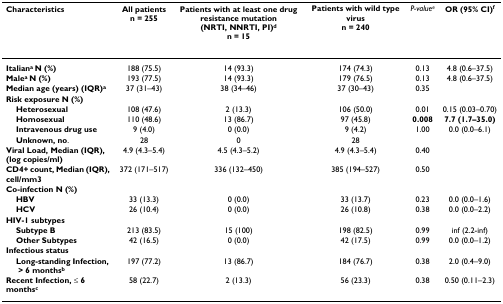
<table><thead><tr><td><b>Characteristics</b></td><td><b>All patients n = 255</b></td><td><b>Patients with at least one drug resistance mutation (NRTI, NNRTI, PI)<sup>d</sup>n = 15</b></td><td><b>Patients with wild type virusn = 240</b></td><td><b><i>P-value</i><sup><i>e</i></sup></b></td><td><b>OR (95% CI)<sup>f</sup></b></td></tr></thead><tbody><tr><td><b>Italian<sup>a </sup>N (%)</b></td><td>188 (75.5)</td><td>14 (93.3)</td><td>174 (74.3)</td><td>0.13</td><td>4.8 (0.6–37.5)</td></tr><tr><td><b>Male<sup>a </sup>N (%)</b></td><td>193 (77.5)</td><td>14 (93.3)</td><td>179 (76.5)</td><td>0.13</td><td>4.8 (0.6–37.5)</td></tr><tr><td><b>Median age (years) (IQR)<sup>a</sup></b></td><td>37 (31–43)</td><td>38 (34–46)</td><td>37 (30–43)</td><td>0.35</td><td></td></tr><tr><td><b>Risk exposure N (%)</b></td><td></td><td></td><td></td><td></td><td></td></tr><tr><td> <b>Heterosexual</b></td><td>108 (47.6)</td><td>2 (13.3)</td><td>106 (50.0)</td><td>0.01</td><td>0.15 (0.03–0.70)</td></tr><tr><td> <b>Homosexual</b></td><td>110 (48.6)</td><td>13 (86.7)</td><td>97 (45.8)</td><td><b>0.008</b></td><td><b>7.7 (1.7–35.0)</b></td></tr><tr><td> <b>Intravenous drug use</b></td><td>9 (4.0)</td><td>0 (0.0)</td><td>9 (4.2)</td><td>1.00</td><td>0.0 (0.0–6.1)</td></tr><tr><td> <b>Unknown, no</b>.</td><td>28</td><td>0</td><td>28</td><td></td><td></td></tr><tr><td><b>Viral Load, Median (IQR), </b><b>(log copies/ml)</b></td><td>4.9 (4.3–5.4)</td><td>4.5 (4.3–5.2)</td><td>4.9 (4.3–5.4)</td><td>0.40</td><td></td></tr><tr><td><b>CD4+ count, Median (IQR), cell/mm3</b></td><td>372 (171–517)</td><td>336 (132–450)</td><td>385 (194–527)</td><td>0.50</td><td></td></tr><tr><td><b>Co-infection N (%)</b></td><td></td><td></td><td></td><td></td><td></td></tr><tr><td> <b>HBV</b></td><td>33 (13.3)</td><td>0 (0.0)</td><td>33 (13.7)</td><td>0.23</td><td>0.0 (0.0–1.6)</td></tr><tr><td> <b>HCV</b></td><td>26 (10.4)</td><td>0 (0.0)</td><td>26 (10.8)</td><td>0.38</td><td>0.0 (0.0–2.2)</td></tr><tr><td><b>HIV-1 subtypes</b></td><td></td><td></td><td></td><td></td><td></td></tr><tr><td> <b>Subtype B</b></td><td>213 (83.5)</td><td>15 (100)</td><td>198 (82.5)</td><td>0.99</td><td>inf (2.2-inf)</td></tr><tr><td> <b>Other Subtypes</b></td><td>42 (16.5)</td><td>0 (0.0)</td><td>42 (17.5)</td><td>0.99</td><td>0.0 (0.0–1.2)</td></tr><tr><td><b>Infectious status</b></td><td></td><td></td><td></td><td></td><td></td></tr><tr><td> <b>Long-standing Infection,</b><b> &gt; 6 months<sup>b</sup></b></td><td>197 (77.2)</td><td>13 (86.7)</td><td>184 (76.7)</td><td>0.38</td><td>2.0 (0.4–9.0)</td></tr><tr><td> <b>Recent Infection, ≤ 6 months<sup>c</sup></b></td><td>58 (22.7)</td><td>2 (13.3)</td><td>56 (23.3)</td><td>0.38</td><td>0.50 (0.11–2.3)</td></tr></tbody></table>